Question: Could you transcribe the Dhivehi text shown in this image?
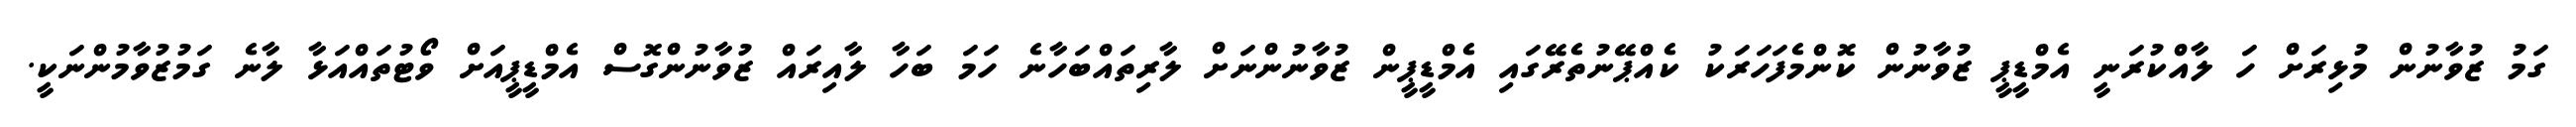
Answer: ގަމު ޒުވާނުން މުޅިރަށް ހަ ލާއްކުރަނީ އެމްޑީޕީ ޒުވާނުން ކޮންމެފަހަރަކު ކެއްޕޭނުތެރޭގައި އެމްޑީޕީން ޒުވާނުންނަށް ލާރިތައްބަހާނެ ހަމަ ބަހާ ލާއިރައް ޒުވާނުންގޮސް އެމްޑީޕީއަށް ވޯޓުތައްއަޅާ ލާނެ ގަމުޒުވާމުންނަކީ.